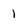
Character: 1